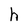
Character: h